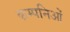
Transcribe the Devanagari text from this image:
कम्पनिओं